Report on plague in the Punjab from October 1st ... to September 30th ..., being the ... season of plague in the province
Disease focus: Plague
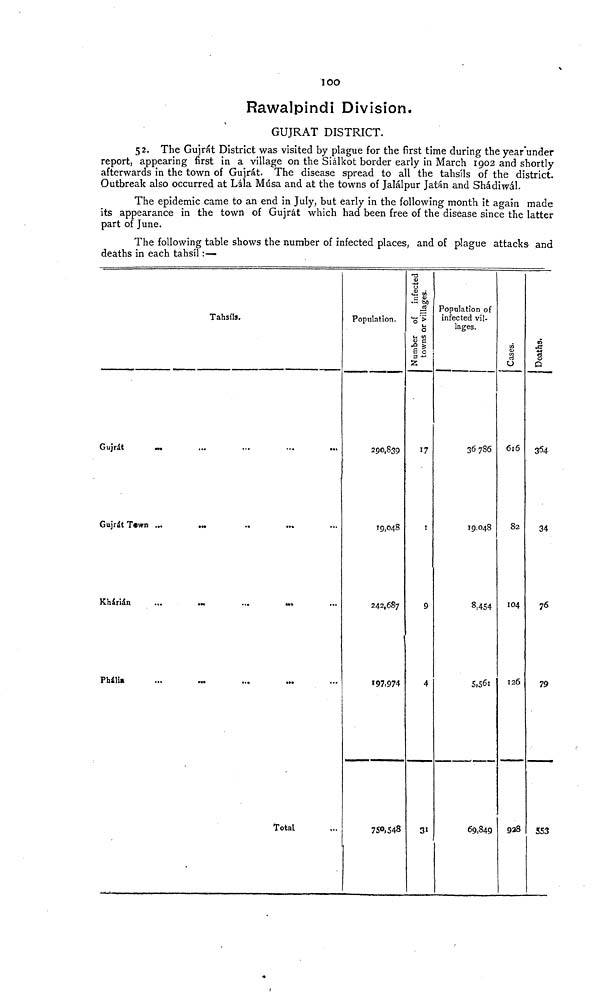
loo
Rawalpindi Division.
GUJRAT DISTRICT.
52. The Gujrát District was visited by plague for the first time during the year'under
report, appearing first in a village on the Siálkot border early in March 1902 and shortly
afterwards in the town of Gujrát. The disease spread to all the tahsils of the district.
Outbreak also occurred at Lála Musa and at the towns of Jalálpur Jatán and Shádiwál.
The epidemic came to an end in July, but early in the following month it again made
its appearance in the town of Gujrát which had been free of the disease since the latter
part of June.
The following table shows the number of infected places, and of plague attacks and
deaths in each tahsil :—
Gujrát
...
Gujrát Town ...
Kharián ...
Phália ...
Tahsils,
...
•••
••
...
...
... ...
...
Total
Population.
290,839
19,048
242,687
»97,974
750,548
Number
of infected
towns or villages.
17
I
9
4
Population of
infected vil-
lages.
36786
19.048
8,454
5,561
69,849
i
u
616
82
104
126
928
Deaths.
34
76
79
553